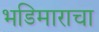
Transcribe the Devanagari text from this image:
भडिमाराचा